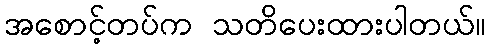
အစောင့်တပ်က သတိပေးထားပါတယ်။